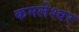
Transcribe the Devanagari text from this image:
कमलेश्‍वर